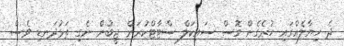
ދެ ހިޔާލެއްގައި ހުރެގެން ގޮސް ސައިކަލް ސްޓާޓްކުރަން ޖީބުން ނެގި ތަޅުދަނޑި ވެސް